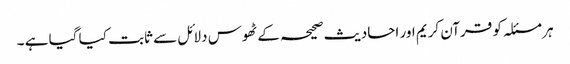
ہر مسئلہ کو قرآن کریم اور احادیث صحیحہ کے ٹھوس دلائل سے ثابت کیا گیا ہے ۔